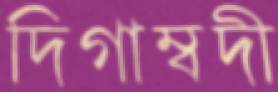
দিগাম্বদী